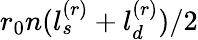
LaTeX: r_{0}n(l_{s}^{(r)}+l_{d}^{(r)})/2